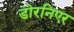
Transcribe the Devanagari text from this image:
डोरनिएर